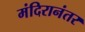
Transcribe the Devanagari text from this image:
मंदिरानंतर